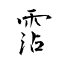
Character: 霑